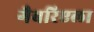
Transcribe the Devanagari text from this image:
गैबरिएला